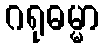
ဂရုဓမ္မာ